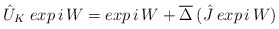
\begin{align*}\hat{U}_K\;exp\,i\,W = exp\,i\,W + \overline{\Delta}\:(\hat{J}\:exp\,i\,W)\end{align*}